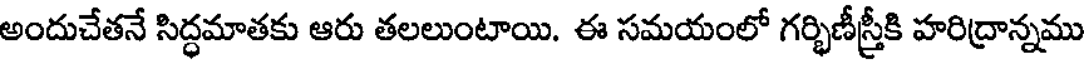
అందుచేతనే సిద్ధమాతకు ఆరు తలలుంటాయి. ఈ సమయంలో గర్భిణీస్త్రీకి హరిద్రాన్నము